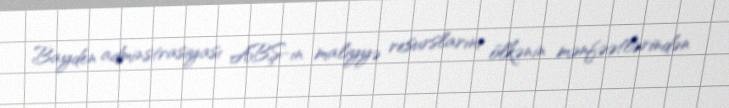
Bayden adminstrasiyası ABŞ-ın maliyyə resurslarını ölkənin mənfəətlərindən